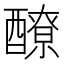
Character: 𨣀